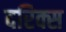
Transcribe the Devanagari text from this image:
दरिक्स